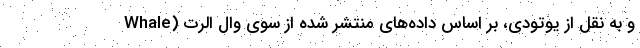
و به نقل از یوتودی، بر اساس داده‌های منتشر شده از سوی وال اَلرت (Whale